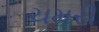
ચમરી